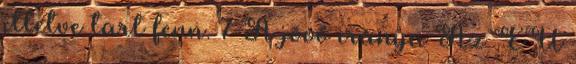
illetve tart fenn. 7 A jövő iránya Az EU